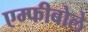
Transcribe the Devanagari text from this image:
एम्फीबोले